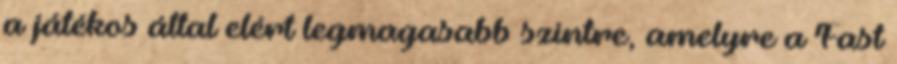
a játékos által elért legmagasabb szintre, amelyre a Fast